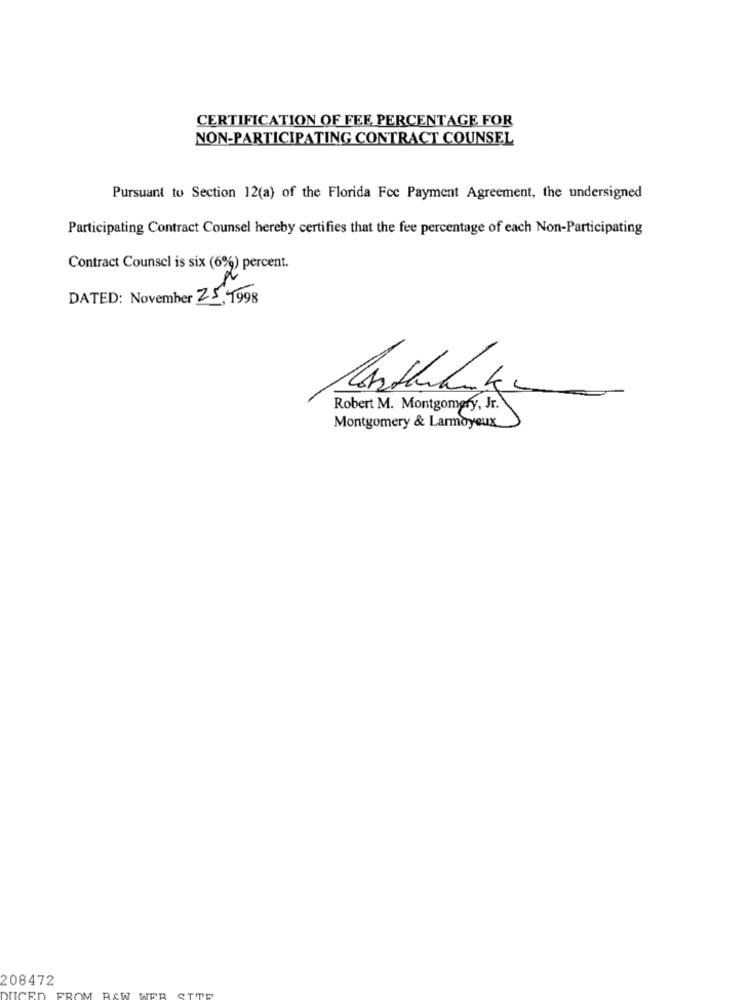
CERTIFICATION OF FEE PERCENTAGE FOR
NON-PARTICIPATING CONTRACT COUNSEL
Pursuant to Section 12(a) of the Florida Fcc Payment Agreement, the undersigned
Participating Contract Counsel hereby certifies that the fee percentage of each Non-Participating
Contract Counsel is six (6%) percent.
DATED: November 25,1998
Robert M. Montgomery, Jr.
Montgomery & Larmoyeux
208472
DUCED
FROM
WER